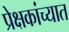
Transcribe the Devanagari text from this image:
प्रेक्षकांच्यात